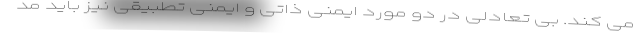
می کند. بی تعادلی در دو مورد ایمنی ذاتی و ایمنی تطبیقی نیز باید مد